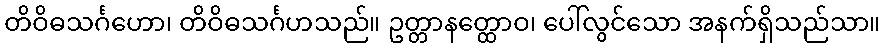
တိဝိဓသင်္ဂဟော၊ တိဝိဓသင်္ဂဟသည်။ ဥတ္တာနတ္ထောဝ၊ ပေါ်လွင်သော အနက်ရှိသည်သာ။